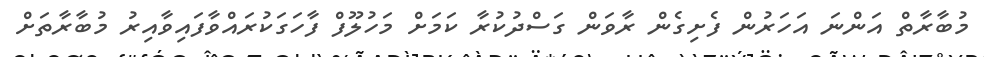
މުބާރާތް އަންނަ އަހަރުން ފެށިގެން ރާވަން ގަސްދުކުރާ ކަމަށް މަހުލޫފް ފާހަގަކުރައްވާފައިވާއިރު މުބާރާތަށް